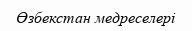
Өзбекстан медреселері